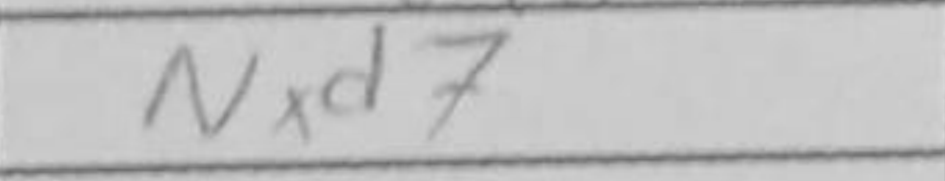
Transcription: Nxd7